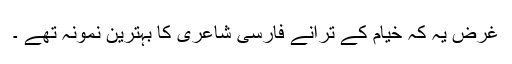
غرض یہ کہ خیام کے ترانے فارسی شاعری کا بہترین نمونہ تھے ۔